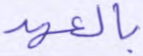
بالعهد